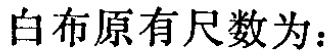
白布原有尺数为：